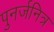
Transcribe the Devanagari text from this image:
पुनर्जनित्र